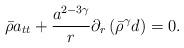
LaTeX: \begin{align*}\bar{\rho} a_{tt} + \frac{a^{2-3\gamma}}{r} \partial_r \left(\bar{\rho}^{\gamma} d \right) = 0. \end{align*}